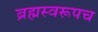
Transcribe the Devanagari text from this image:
ब्रह्मस्वरूपच